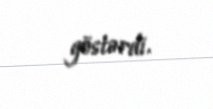
göstərdi.